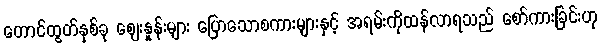
တောင်ထွတ်နှစ်ခု ဈေးနှုန်းများ ပြောသောစကားများနှင့် အရမ်းကိုထန်လာရသည် စော်ကားခြင်းဟု